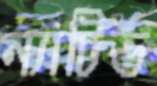
ন্যাটিভ